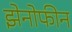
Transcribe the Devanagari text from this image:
झेनोफीन